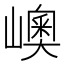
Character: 㠗